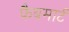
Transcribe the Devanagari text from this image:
फैबमार्ट